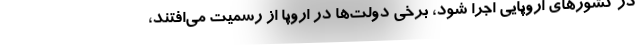
در کشورهای اروپایی اجرا شود، برخی دولت‌ها در اروپا از رسمیت می‌افتند،